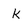
Character: k